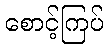
စောင့်ကြပ်